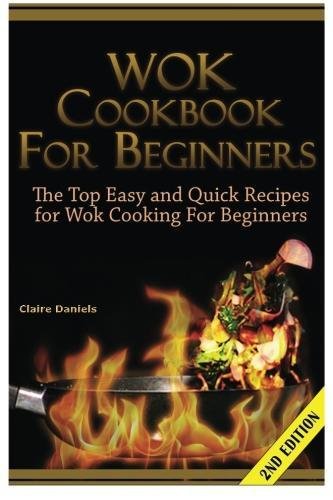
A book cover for Wok Cookbook for Beginners: The Top Easy and Quick Recipes for Wok Cooking For Beginners!; Claire Daniels; Cookbooks, Food & Wine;